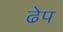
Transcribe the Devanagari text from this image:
ढेप